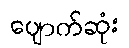
ပျောက်ဆုံး